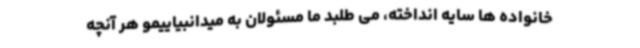
خانواده ها سایه انداخته، می طلبد ما مسئولان به میدانبیاییمو هر آنچه